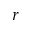
r